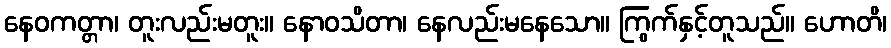
နေဝကတ္တာ၊ တူးလည်းမတူး။ နောဝသိတာ၊ နေလည်းမနေသော။ ကြွက်နှင့်တူသည်။ ဟောတိ၊